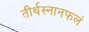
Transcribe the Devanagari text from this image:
तीर्थस्नानफलं